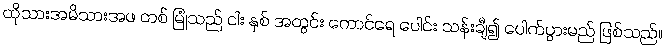
ထိုသားအမိသားအဖ တစ် မြုံသည် ငါး နှစ် အတွင်း ကောင်ရေ ပေါင်း သန်းချီ၍ ပေါက်ပွားမည် ဖြစ်သည်။